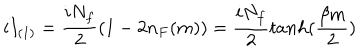
i I _ { ( 1 ) } = \frac { i N _ { f } } { 2 } ( 1 - 2 n _ { F } ( m ) ) = \frac { i N _ { f } } { 2 } t a n h ( \frac { \beta m } { 2 } )